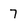
Character: 7